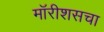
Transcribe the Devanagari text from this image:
मॉरीशसचा